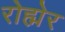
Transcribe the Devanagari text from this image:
रोह्मेर